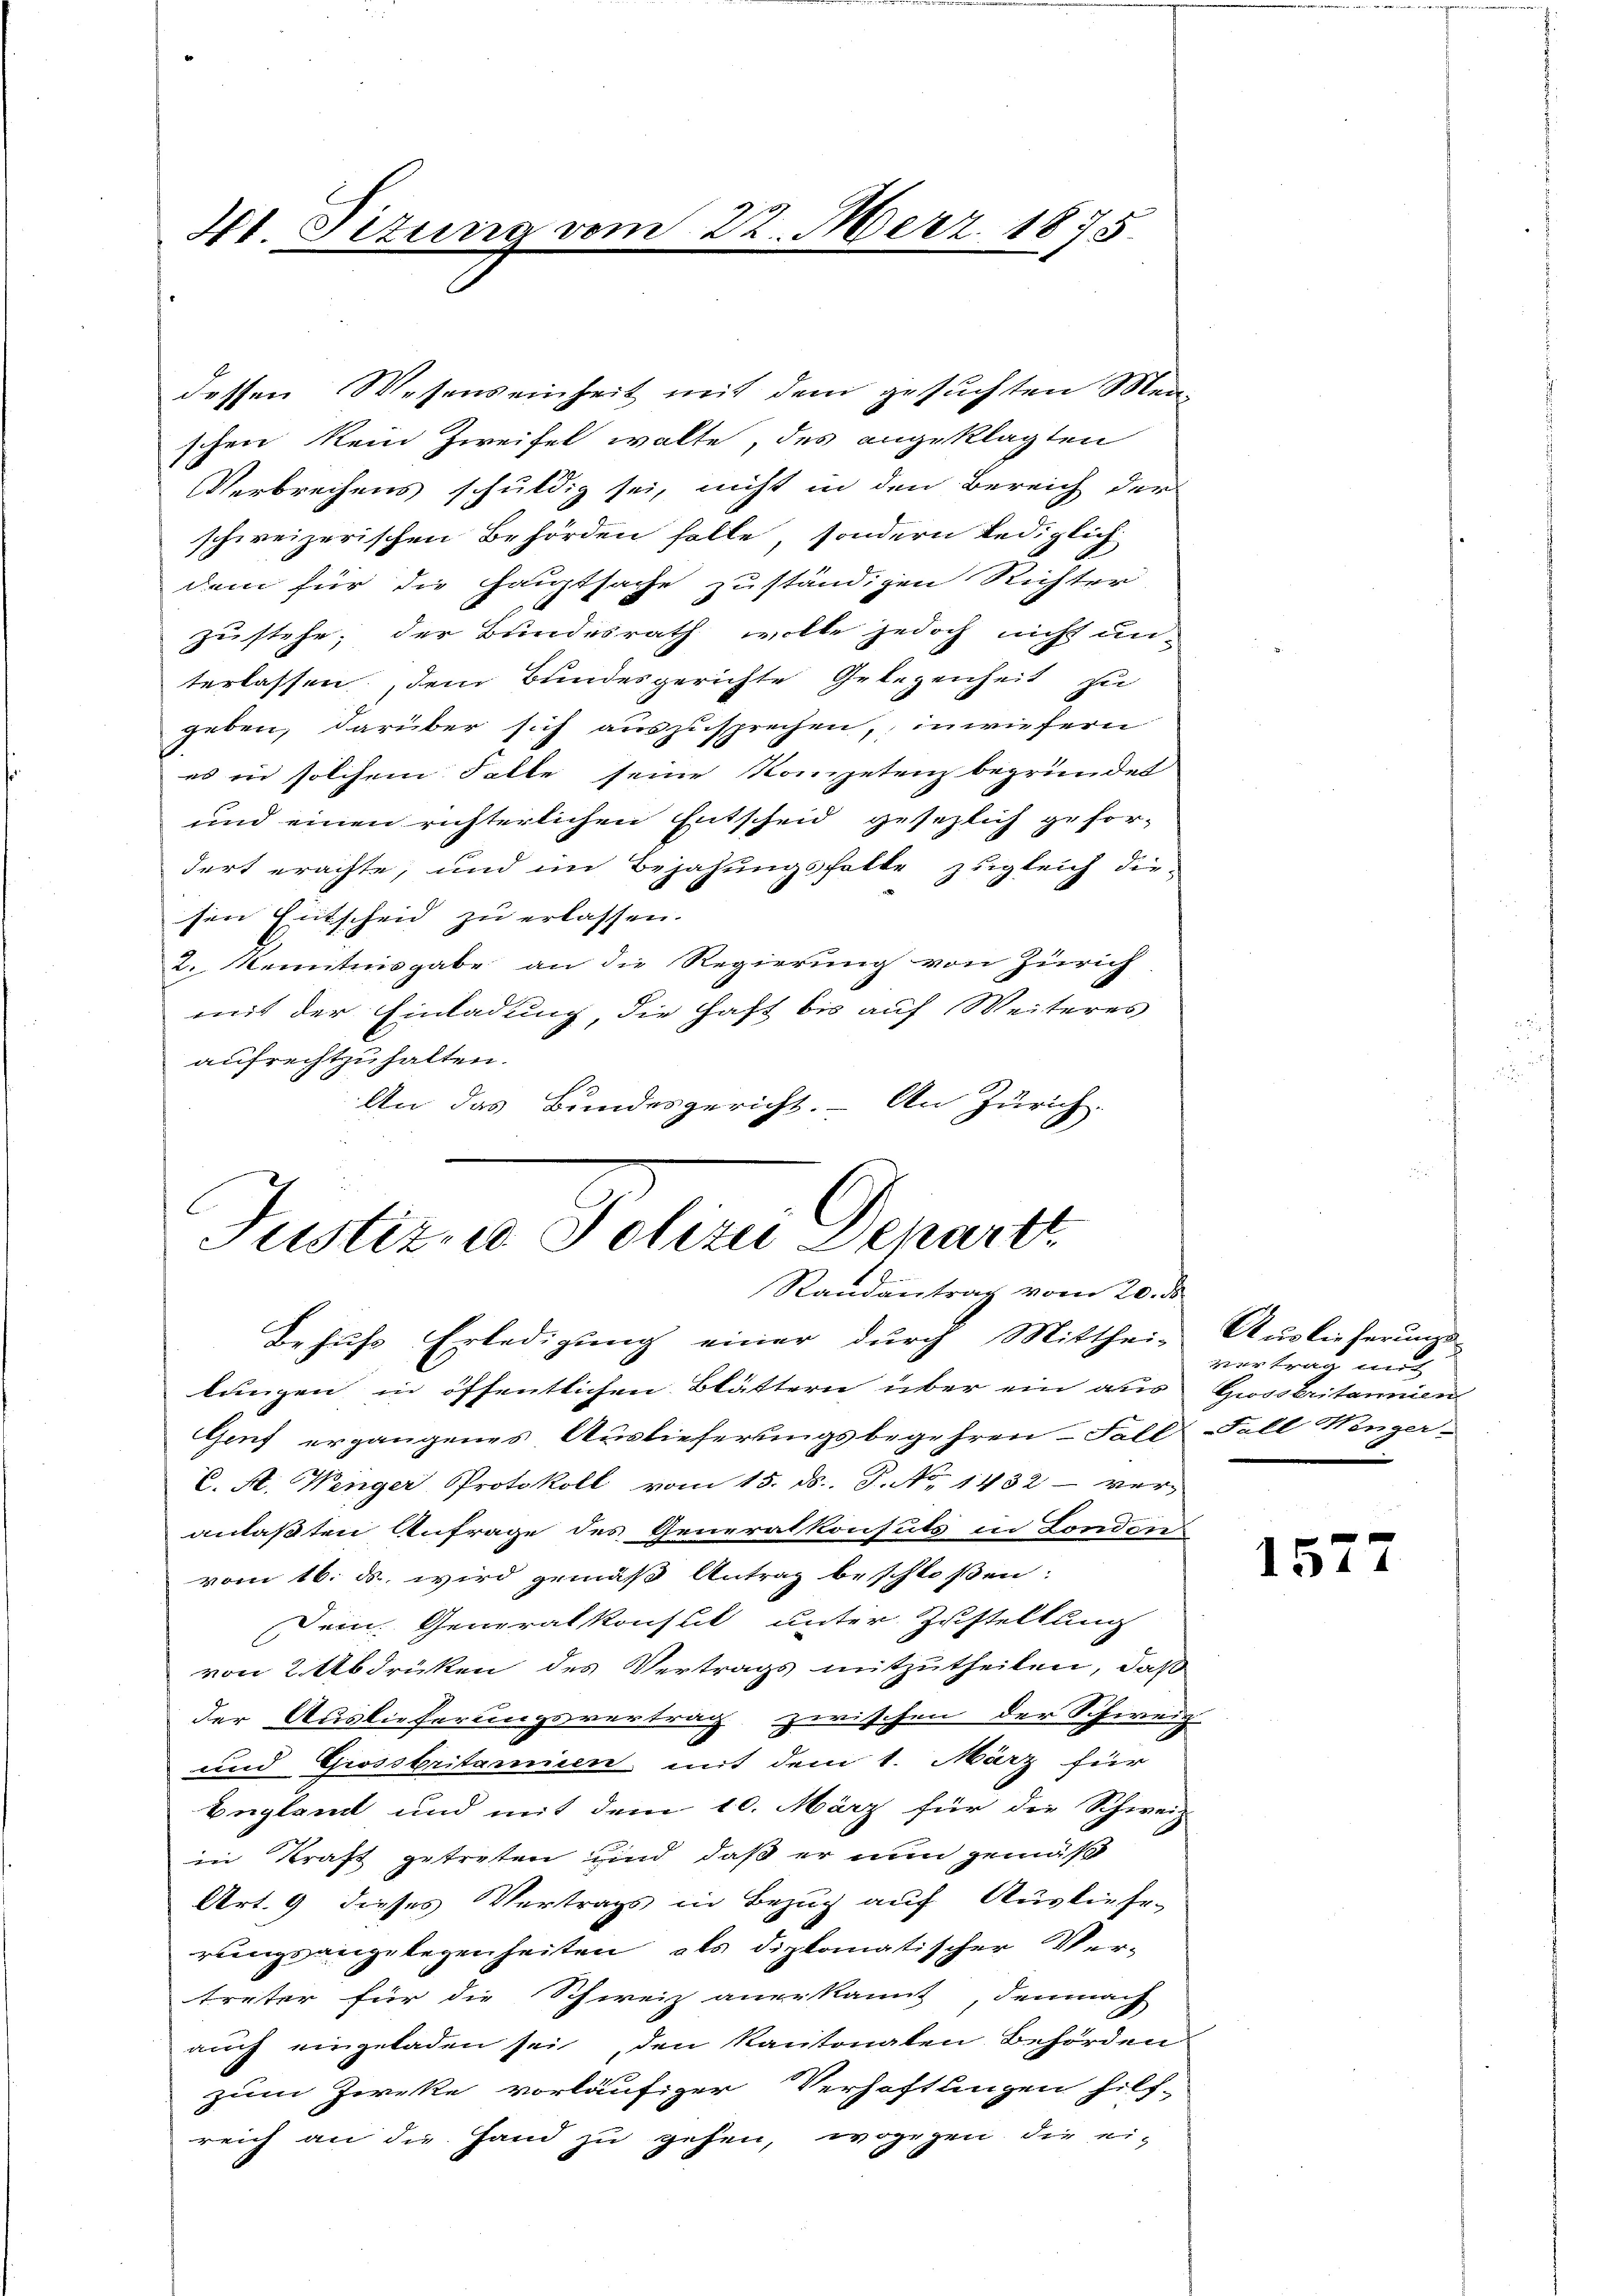
4t. Titung vom

22. Merz 1875.

dessen Wesenseinheit mit dem gesuchten Menschen kein Zweifel wolte, des angeklagten
Verbrechens schuldig sei, nicht in den Bereich der
schweizerischen Behörden solle, sondern lediglich
dem für die Hauptsache zuständigen Richter
zu stehe; der Bundesrath wolle jedoch nicht unterlassen, dem Bundesgerichte Gelegenheit zu
geben, darüber sich auszusprechen, inwiefern
es in solchem Falle seine Kompetenz begründet
und einen richterlichen Entscheid gesezlich gefor-
dort erachte, und im Bejahungsfalle zugleich diesen Entscheid zu erlassen.
2. Kenntnisgabe an die Regierung von Zürich
mit der Einladung, die Haft bis auf Weiteres
aufrechtzuhalten.
An das Bundesgericht. – An Zürich.

Justiz- u Polizei Depart
Randantrag vom 20. ds

Behufs Erledigung einer durch Mitthei- Auslieferung
lungen in öffentlichen Blättern über ein aus Gwosbritannien
Genf ergangenes Auslieferungsbegehren- Fall Fall Wenger-
C. A. Wenger Protokoll vom 15. ds. S. No. 1432 - ver-
anlaßten Anfrage des Generalkonsuts in London
vom 16. ds. wird gemäß Antrag beschloßen:
Dein Generalkonst unter Zustellung
von 2 Abdrüken des Vertrags mitzutheilen, daß
der Auslieferungsvertrag zwischen der Schweiz
und Grossbritannien mit dem 1. März für
Englamt und mit dem 10. März für die Schweiz
in Kraft getreten sind daß er nun gemäß
Art. 9 dieses Vertrags in Bezug auf Ausliefe-
rungsangelegenheiten, als diplomatischer Ver-
treter für die Schweiz anerkannt, demnach
auch eingeladen sei, den Kantonalen Behörden
zum Zwecke vorläufiger Verhaftlingen hilf-
reich an die Hand zu gehen, wogegen die ei-

vortrag nich

e
151

7